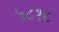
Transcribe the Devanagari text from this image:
५८१८